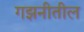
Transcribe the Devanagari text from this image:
गझनीतील